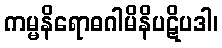
ကမ္မနိရောဓဂါမိနိပဋိပဒါ၊